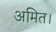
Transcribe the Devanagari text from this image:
अमित।